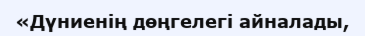
«Дүниенің дөңгелегі айналады,